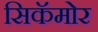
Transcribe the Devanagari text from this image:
सिकॅमोर